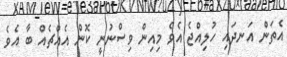
އެތަން އަނދައި ހުލިއްޖެ އެވެ މިއިން ވިސްނުނީ ކޮން އެއްޗެއް ބާ އެވެ